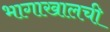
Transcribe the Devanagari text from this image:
भागाखालची